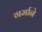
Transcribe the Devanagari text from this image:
गर्माने